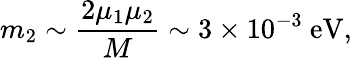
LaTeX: m_{2}\sim{\frac{2\mu_{1}\mu_{2}}{M}}\sim 3\times 10^{-3}~\mathrm{eV},